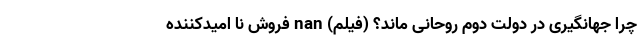
چرا جهانگیری در دولت دوم روحانی ماند؟ (فیلم) nan فروش نا امیدکننده